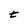
Character: t